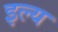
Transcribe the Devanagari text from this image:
इल्य